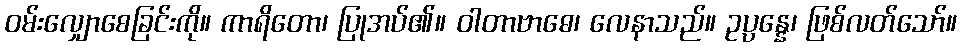
ဝမ်းလျှောစေခြင်းကို။ ကာရိတော၊ ပြုအပ်၏။ ဝါတာဗာဓေ၊ လေနာသည်။ ဥပ္ပန္နေ၊ ဖြစ်လတ်သော်။